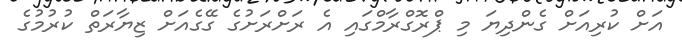
އަށް ކުރިއަށް ގެންދިޔަ މި ޕްރޮގްރާމްގައި އެ ރަށްރަށުގެ ގޭގެއަށް ޒިޔާރަތް ކުރުމުގެ